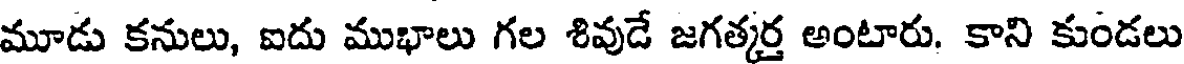
మూడు కనులు, ఐదు ముభాలు గల శివుడే జగత్కర్త అంటారు. కాని కుండలు